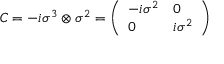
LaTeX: C = - i \sigma ^ { 3 } \otimes \sigma ^ { 2 } = { \left( \begin{array} { l l } { - i \sigma ^ { 2 } } & { 0 } \\ { 0 } & { i \sigma ^ { 2 } } \end{array} \right) }